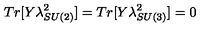
T r [ Y \lambda _ { S U ( 2 ) } ^ { 2 } ] = T r [ Y \lambda _ { S U ( 3 ) } ^ { 2 } ] = 0